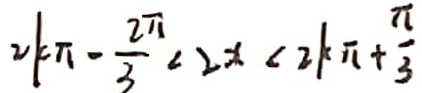
2 k \pi - \frac { 2 \pi } { 3 } < 2 x < 2 k \pi + \frac { \pi } { 3 }